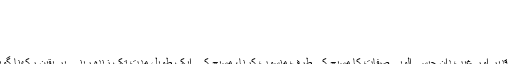
اے عزیزوسوچ کر دیکھو ذرا
موت سے بچتا کوئی دیکھا بھلا
کیوں تمہیں انکار پر اصرار ہے
ہے یہ دیں یا سیرتِ کفّار ہے
آپؑ نے ثابت فرمایا کہ خالق ،حیّ و قدیر اور غیب دان جیسی الوہی صفات کا مسیحؑ کی طرف منسوب کرنا، مسیح کے ایک طویل مدت تک زندہ رہنے پر یقین رکھنا گویا انہیں خدا ماننے کے مترادف ہے۔